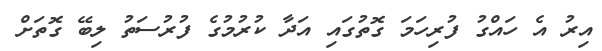
އިރު އެ ހައްގު ފުރިހަމަ ގޮތުގައި އަދާ ކުރުމުގެ ފުރުސަތު ލިބޭ ގޮތަށް